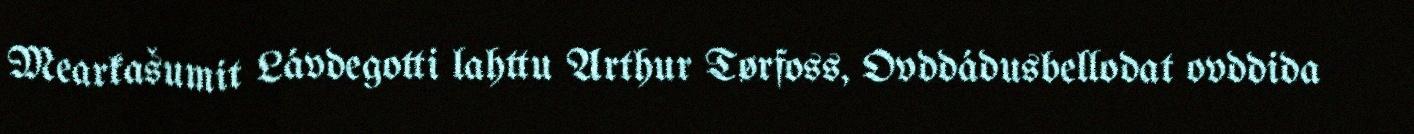
Mearkašumit Lávdegotti lahttu Arthur Tørfoss, Ovddádusbellodat ovddida